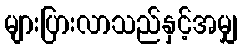
များပြားလာသည်နှင့်အမျှ